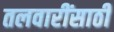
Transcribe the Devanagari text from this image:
तलवारींसाठी